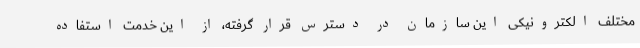
مختلف الکترونیکی این سازمان در دسترس قرار گرفته، از این خدمت استفاده